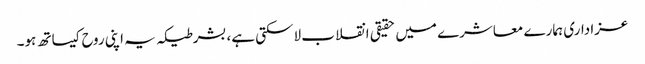
عزاداری ہمارے معاشرے میں حقیقی انقلاب لاسکتی ہے، بشرطیکہ یہ اپنی روح کیساتھ ہو۔